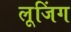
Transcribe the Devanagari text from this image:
लूजिंग